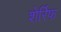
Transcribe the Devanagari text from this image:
शेर्रिफ